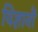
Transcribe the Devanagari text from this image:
विज्ञानॊं